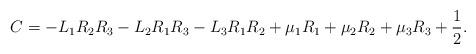
LaTeX: \begin{align*}C=-L_1 R_2R_3-L_2 R_1R_3-L_3 R_1 R_2+\mu_1 R_1+\mu_2 R_2+\mu_3 R_3+\frac{1}{2}.\end{align*}